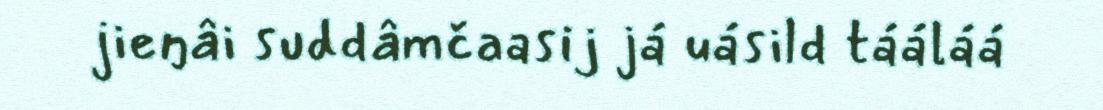
jieŋâi suddâmčaasij já uásild tááláá